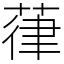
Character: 葎